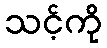
သင့်ကို